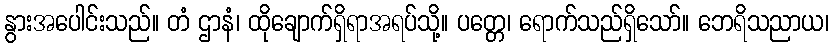
နွားအပေါင်းသည်။ တံ ဌာနံ၊ ထိုချောက်ရှိရာအရပ်သို့။ ပတ္တေ၊ ရောက်သည်ရှိသော်။ ဘေရိသညာယ၊